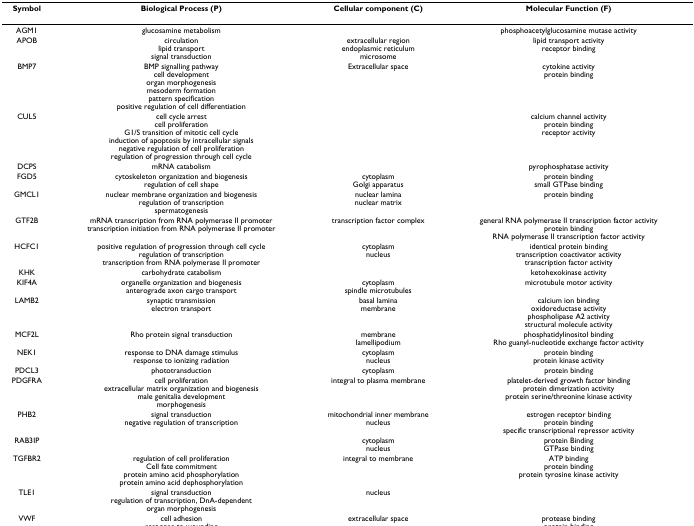
<table><thead><tr><td><b>Symbol</b></td><td><b>Biological Process (P)</b></td><td><b>Cellular component (C)</b></td><td><b>Molecular Function (F)</b></td></tr></thead><tbody><tr><td>AGM1</td><td>glucosamine metabolism</td><td></td><td>phosphoacetylglucosamine mutase activity</td></tr><tr><td>APOB</td><td>circulationlipid transportsignal transduction</td><td>extracellular regionendoplasmic reticulummicrosome</td><td>lipid transport activityreceptor binding</td></tr><tr><td>BMP7</td><td>BMP signalling pathwaycell developmentorgan morphogenesismesoderm formationpattern specificationpositive regulation of cell differentiation</td><td>Extracellular space</td><td>cytokine activityprotein binding</td></tr><tr><td>CUL5</td><td>cell cycle arrestcell proliferationG1/S transition of mitotic cell cycleinduction of apoptosis by intracellular signalsnegative regulation of cell proliferationregulation of progression through cell cycle</td><td></td><td>calcium channel activityprotein bindingreceptor activity</td></tr><tr><td>DCPS</td><td>mRNA catabolism</td><td></td><td>pyrophosphatase activity</td></tr><tr><td>FGD5</td><td>cytoskeleton organization and biogenesisregulation of cell shape</td><td>cytoplasmGolgi apparatus</td><td>protein bindingsmall GTPase binding</td></tr><tr><td>GMCL1</td><td>nuclear membrane organization and biogenesisregulation of transcriptionspermatogenesis</td><td>nuclear laminanuclear matrix</td><td>protein binding</td></tr><tr><td>GTF2B</td><td>mRNA transcription from RNA polymerase II promotertranscription initiation from RNA polymerase II promoter</td><td>transcription factor complex</td><td>general RNA polymerase II transcription factor activityprotein bindingRNA polymerase II transcription factor activity</td></tr><tr><td>HCFC1</td><td>positive regulation of progression through cell cycleregulation of transcriptiontranscription from RNA polymerase II promoter</td><td>cytoplasmnucleus</td><td>identical protein bindingtranscription coactivator activitytranscription factor activity</td></tr><tr><td>KHK</td><td>carbohydrate catabolism</td><td></td><td>ketohexokinase activity</td></tr><tr><td>KIF4A</td><td>organelle organization and biogenesisanterograde axon cargo transport</td><td>cytoplasmspindle microtubules</td><td>microtubule motor activity</td></tr><tr><td>LAMB2</td><td>synaptic transmissionelectron transport</td><td>basal laminamembrane</td><td>calcium ion bindingoxidoreductase activityphospholipase A2 activitystructural molecule activity</td></tr><tr><td>MCF2L</td><td>Rho protein signal transduction</td><td>membranelamellipodium</td><td>phosphatidylinositol bindingRho guanyl-nucleotide exchange factor activity</td></tr><tr><td>NEK1</td><td>response to DNA damage stimulusresponse to ionizing radiation</td><td>cytoplasmnucleus</td><td>protein bindingprotein kinase activity</td></tr><tr><td>PDCL3</td><td>phototransduction</td><td>cytoplasm</td><td>protein binding</td></tr><tr><td>PDGFRA</td><td>cell proliferationextracellular matrix organization and biogenesismale genitalia developmentmorphogenesis</td><td>integral to plasma membrane</td><td>platelet-derived growth factor bindingprotein dimerization activityprotein serine/threonine kinase activity</td></tr><tr><td>PHB2</td><td>signal transductionnegative regulation of transcription</td><td>mitochondrial inner membranenucleus</td><td>estrogen receptor bindingprotein bindingspecific transcriptional repressor activity</td></tr><tr><td>RAB3IP</td><td></td><td>cytoplasmnucleus</td><td>protein BindingGTPase binding</td></tr><tr><td>TGFBR2</td><td>regulation of cell proliferationCell fate commitmentprotein amino acid phosphorylationprotein amino acid dephosphorylation</td><td>integral to membrane</td><td>ATP bindingprotein bindingprotein tyrosine kinase activity</td></tr><tr><td>TLE1</td><td>signal transductionregulation of transcription, DnA-dependentorgan morphogenesis</td><td>nucleus</td><td></td></tr><tr><td>VWF</td><td>cell adhesionresponse to wounding</td><td>extracellular space</td><td>protease bindingprotein binding</td></tr></tbody></table>